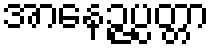
အာနေဉ္ဇပ္ပတ္တာ